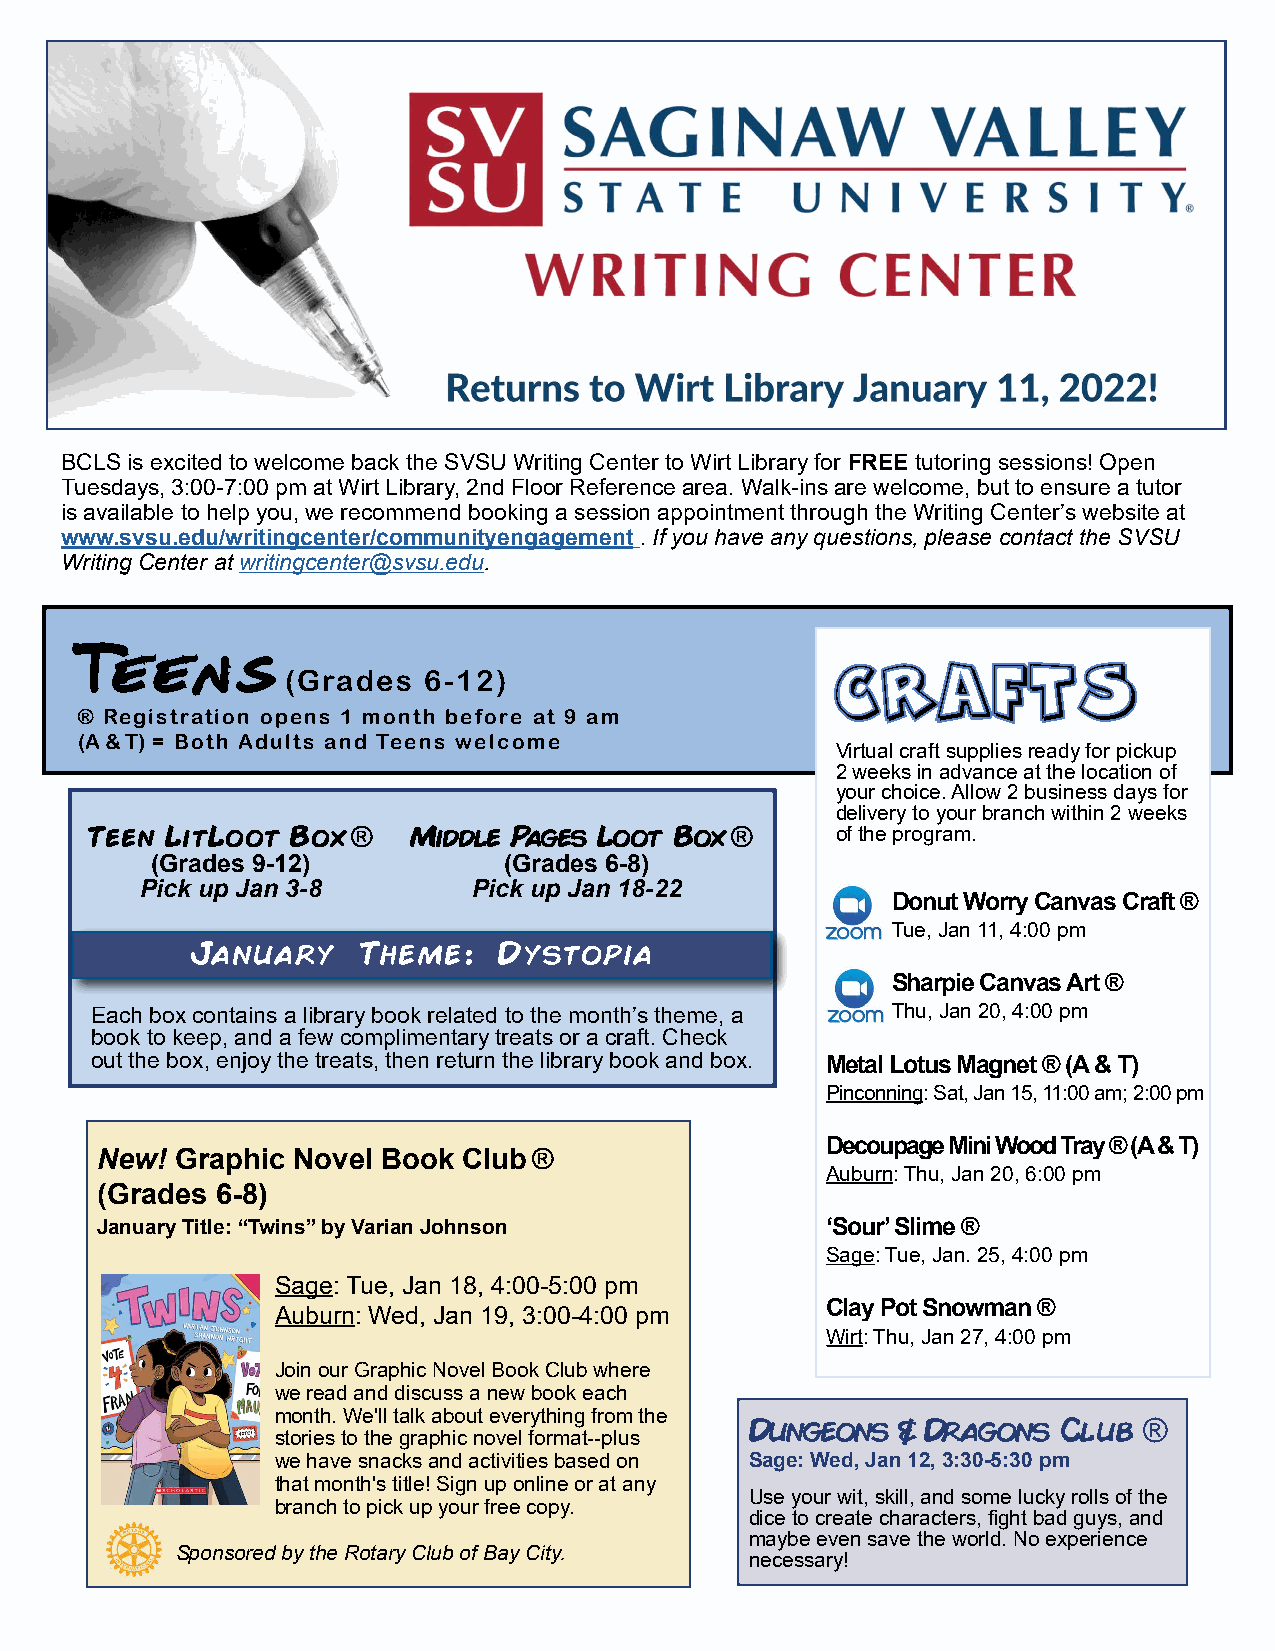
BCLS is excited to welcome back the SVSU Writing Center to Wirt Library for FREE tutoring sessions! Open
 Tuesdays, 3:00-7:00 pm at Wirt Library, 2nd Floor Reference area. Walk-ins are welcome, but to ensure a tutor
 is available to help you, we recommend booking a session appointment through the Writing Center’s website at
 www.svsu.edu/writingcenter/communityengagement . If you have any questions, please contact the SVSU
 Writing Center at writingcenter@svsu.edu.
 tt
 ee ee nn ss
 (Grades  6-12)                      CCRRAAFFTTSS
 ® Registration opens 1 month before at 9 am
 (A & T) = Both Adults and Teens welcome
 Virtual craft supplies ready for pickup
 2 weeks in advance at the location of
 your choice. Allow 2 business days for
 delivery to your branch within 2 weeks
 Teen LitLoot Box ®   Middle Pages Loot Box ®     of the program.
 (Grades 9-12)          (Grades 6-8)
 Pick up Jan 3-8       Pick up Jan 18-22
 Donut Worry Canvas Craft ®
 Tue, Jan 11, 4:00 pm
 January    Theme:   Dystopia
 Sharpie Canvas Art ®
 Each box contains a library book related to the month’s theme, a Thu, Jan 20, 4:00 pm
 book to keep, and a few complimentary treats or a craft. Check
 out the box, enjoy the treats, then return the library book and box. Metal Lotus Magnet ® (A & T)
 Pinconning: Sat, Jan 15, 11:00 am; 2:00 pm
 Decoupage Mini Wood Tray ® (A & T)
 New!  Graphic Novel Book Club ®
 Auburn: Thu, Jan 20, 6:00 pm
 (Grades 6-8)
 January Title: “Twins” by Varian Johnson         ‘Sour’ Slime ®
 Sage: Tue, Jan. 25, 4:00 pm
 Sage: Tue, Jan 18, 4:00-5:00 pm
 Auburn: Wed, Jan 19, 3:00-4:00 pm    Clay Pot Snowman ®
 Wirt: Thu, Jan 27, 4:00 pm
 Join our Graphic Novel Book Club where
 we read and discuss a new book each
 month. We'll talk about everything from the
 Dungeons & Dragons  Club  ®
 stories to the graphic novel format--plus
 we have snacks and activities based on Sage: Wed, Jan 12, 3:30-5:30 pm
 that month's title! Sign up online or at any
 Use your wit, skill, and some lucky rolls of the
 branch to pick up your free copy.
 dice to create characters, fight bad guys, and
 maybe even save the world. No experience
 Sponsored by the Rotary Club of Bay City.
 necessary!